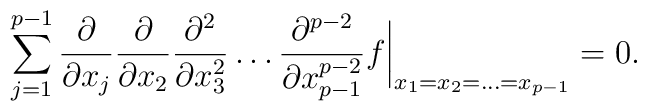
\sum_{j=1}^{p-1}\frac{\partial}{\partial x_{j}}  \frac{\partial}{\partial x_{2}}\frac{\partial^{2}}{\partial x_{3}^{2}}  \dots\frac{\partial^{p-2}}{\partial x_{p-1}^{p-2}}f  \biggr|_{x_1=x_2=\dots=x_{p-1}}=0.